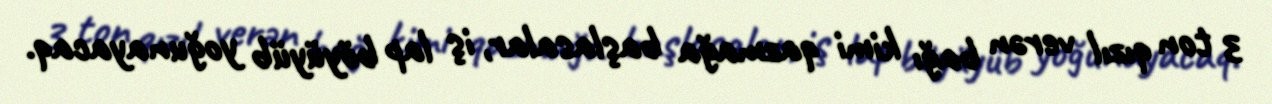
3 ton qızıl verən bağı kimi qazmağa başlasalar, iş lap böyüyüb yoğunayacaq.